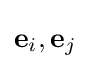
\mathbf {e} _{i},\mathbf {e} _{j}